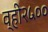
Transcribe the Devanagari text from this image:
व्ही२५००